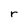
Character: r